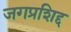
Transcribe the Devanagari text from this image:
जगप्रशिद्द